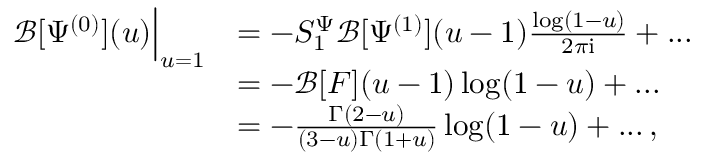
\begin{array} { r l } { \mathcal { B } [ \Psi ^ { ( 0 ) } ] ( u ) \Big | _ { u = 1 } } & { = - S _ { 1 } ^ { \Psi } \mathcal { B } [ \Psi ^ { ( 1 ) } ] ( u - 1 ) \frac { \log ( 1 - u ) } { 2 \pi \mathrm { i } } + . . . } \\ & { = - \mathcal { B } [ F ] ( u - 1 ) \log ( 1 - u ) + . . . } \\ & { = - \frac { \Gamma ( 2 - u ) } { ( 3 - u ) \Gamma ( 1 + u ) } \log ( 1 - u ) + . . . \, , } \end{array}